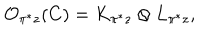
{ \cal O } _ { \pi ^ { * } z } ( C ) = K _ { \pi ^ { * } z } \otimes L _ { \pi ^ { * } z } ,